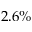
2 . 6 \%